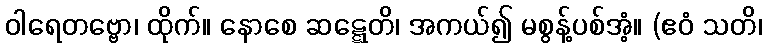
ဝါရေတဗ္ဗော၊ ထိုက်။ နောစေ ဆဋ္ဋေတိ၊ အကယ်၍ မစွန့်ပစ်အံ့။ (ဧဝံ သတိ၊